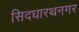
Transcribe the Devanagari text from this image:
सिदधारथनगर